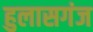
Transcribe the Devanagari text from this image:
हुलासगंज